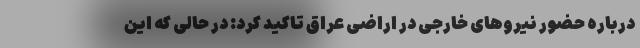
درباره حضور نیروهای خارجی در اراضی عراق تاکید کرد: در حالی که این